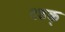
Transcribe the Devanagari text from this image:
दडक्